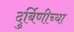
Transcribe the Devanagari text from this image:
दुर्बिणीच्‍या